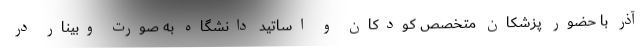
آذر با حضور پزشکان متخصص کودکان و اساتید دانشگاه به صورت وبینار در